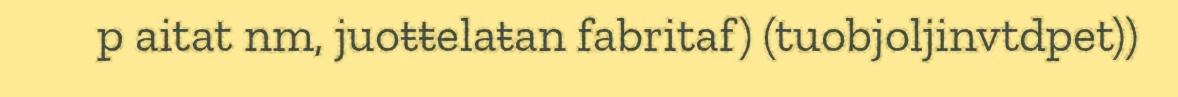
p aitat nm, juoŧŧelaŧan fabritaf) (tuobjoljinvtdpet))